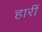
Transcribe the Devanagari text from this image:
हारीं